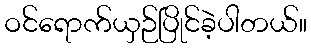
ဝင်ရောက်ယှဉ်ပြိုင်ခဲ့ပါတယ်။